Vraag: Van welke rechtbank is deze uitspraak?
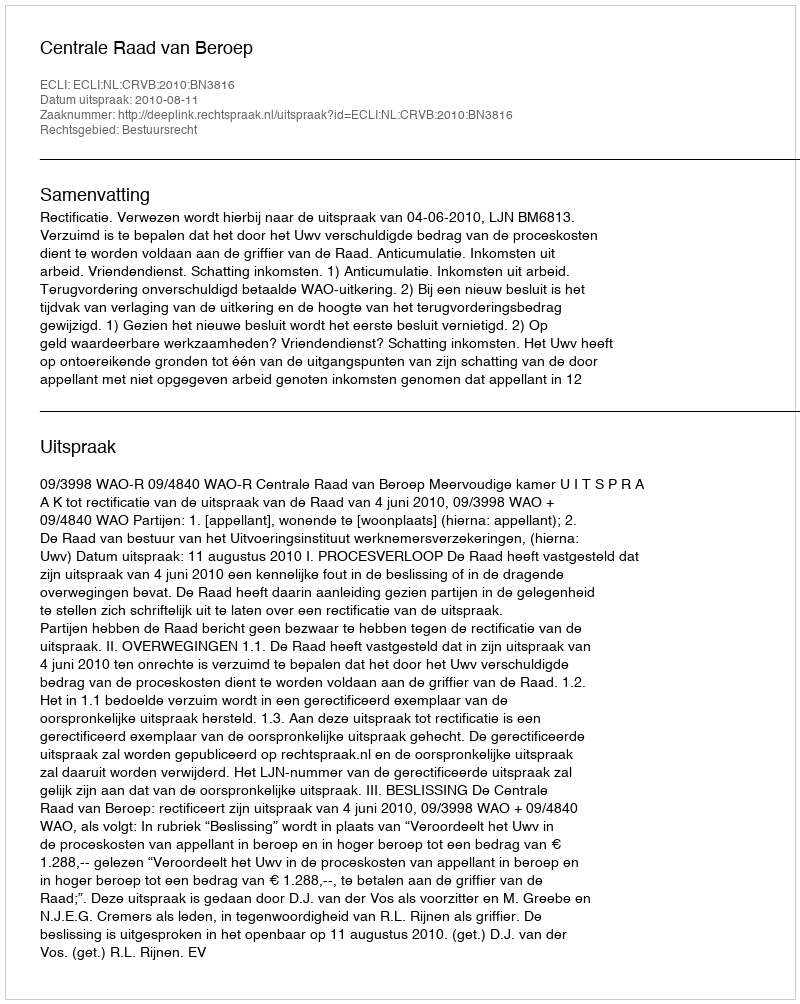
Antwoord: Centrale Raad van Beroep